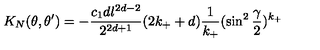
K _ { N } ( \theta , \theta ^ { \prime } ) = - { \frac { c _ { 1 } d l ^ { 2 d - 2 } } { 2 ^ { 2 d + 1 } } } ( 2 k _ { + } + d ) { \frac { 1 } { k _ { + } } } ( \sin ^ { 2 } { \frac { \gamma } { 2 } } ) ^ { k _ { + } } ~